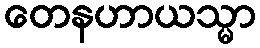
တေနဟာယသ္မာ